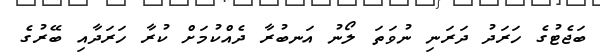
ބަޖެޓުގެ ހަރަދު ދަރަނި ނުވަތަ ލޯނު އަނބުރާ ދެއްކުމަށް ކުރާ ހަރަދާއި ބޭރުގެ